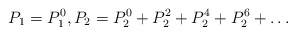
\begin{align*} P_1 = P_1^0 , P_2 = P_2^0 + P_2^2+P_2^4 +P_2^6 + \dots \end{align*}